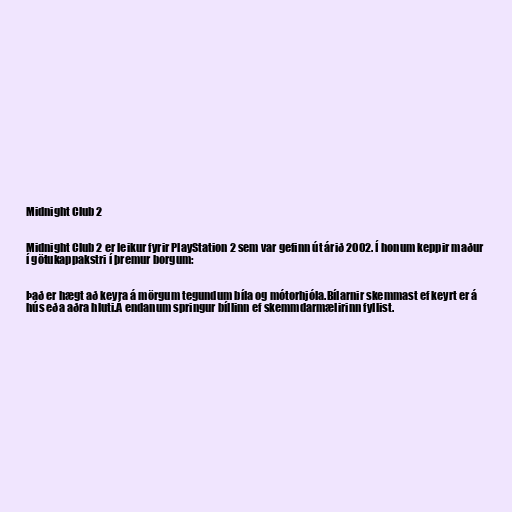
Midnight Club 2

Midnight Club 2 er leikur fyrir PlayStation 2 sem var gefinn út árið 2002. Í honum keppir maður
í götukappakstri í þremur borgum:

Það er hægt að keyra á mörgum tegundum bíla og mótorhjóla.Bílarnir skemmast ef keyrt er á
hús eða aðra hluti.Á endanum springur bíllinn ef skemmdarmælirinn fyllist.